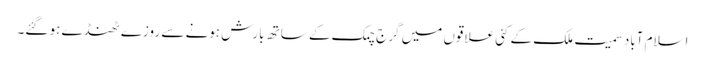
اسلام آباد سمیت ملک کے کئی علاقوں میں گرج چمک کے ساتھ بارش ہونے سے روزے ٹھنڈے ہو گئے۔